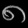
Digit: ၈